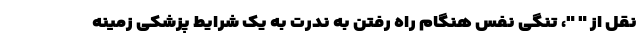
نقل از " "، تنگی نفس هنگام راه رفتن به ندرت به یک شرایط پزشکی زمینه